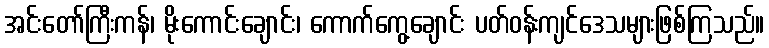
အင်းတော်ကြီးကန်၊ မိုးကောင်းချောင်း၊ ကောက်ကွေ့ချောင်း ပတ်ဝန်းကျင်ဒေသများဖြစ်ကြသည်။